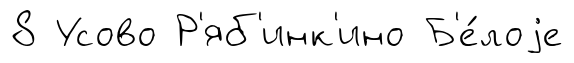
8 Усово Р'яб'инк'ино Б'е́лоjе